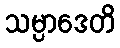
သမ္ပာဒေတိ